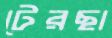
টেরছা